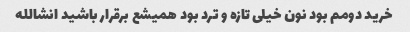
خرید دومم بود نون خیلی تازه و ترد بود همیشع برقرار باشید انشالله